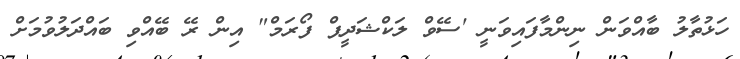
ހަޅުތާލު ބާއްވަން ނިންމާފައިވަނީ 'ސޭވް ލަކްޝަދީޕް ފޯރަމް" އިން ރޭ ބޭއްވި ބައްދަލުވުމަށް